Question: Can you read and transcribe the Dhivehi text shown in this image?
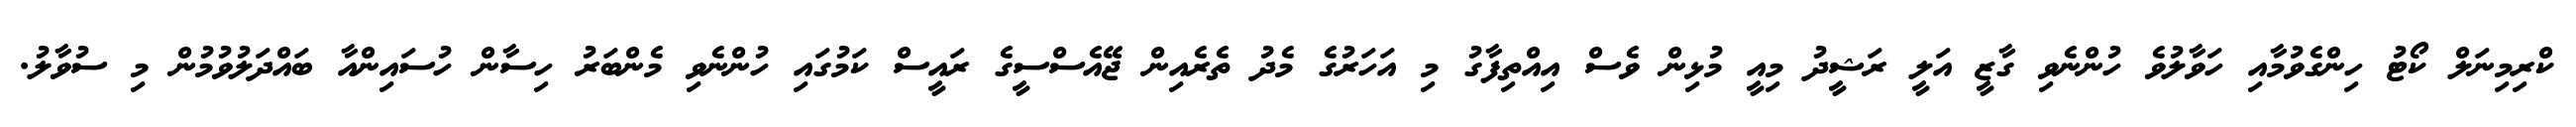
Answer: ކްރިމިނަލް ކޯޓު ހިންގެވުމާއި ހަވާލުވެ ހުންނެވި ގާޒީ އަލީ ރަޝީދު މިއީ މުޅިން ވެސް އިއްތިފާގު މި އަހަރުގެ މެދު ތެރެއިން ޖޭއެސްސީގެ ރައީސް ކަމުގައި ހުންނެވި މެންބަރު ހިސާން ހުސައިންއާ ބައްދަލުވުމުން މި ސުވާލު.